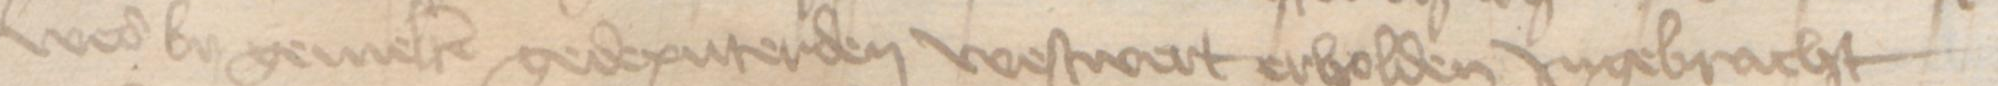
Transcription: wer by gemelten gedeputerden westwert erholden Jngebracht